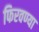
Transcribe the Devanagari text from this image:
फिरवण्या